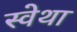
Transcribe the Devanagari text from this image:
स्वेथा